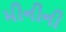
મીનીની